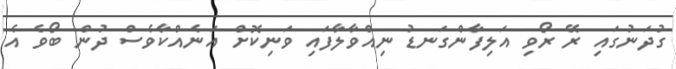
ގުދަނުގައި ރޭ ރޯވި އަލިފާންގަނޑު ނިއްވާލާފައި ވަނިކޮށް އަނެއްކާވެސް ދުން ބޯވެ އެ